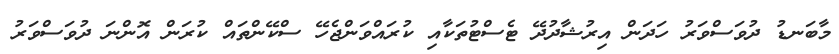
މާބަނޑު ދުވަސްވަރު ހަދަން އިރުޝާދުދޭ ޓެސްޓުތަކާއި ކުރައްވަންޖެހޭ ސްކޭންތައް ކުރަން އޮންނަ ދުވަސްވަރު